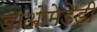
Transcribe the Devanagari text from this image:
डाओमेडेडी